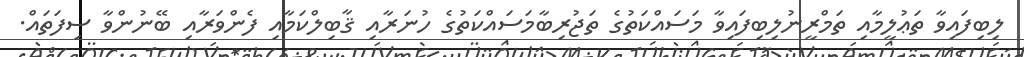
ލިބިފައިވާ ތަޢުލީމާއި ތަމްރީނުލިބިފައިވާ މަސައްކަތުގެ ތަޖުރިބާމަސައްކަތުގެ ހުނަރާއި ޤާބިލްކަމާއި ފެންވަރާއި ބޭނުންވާ ސިފަތައް.